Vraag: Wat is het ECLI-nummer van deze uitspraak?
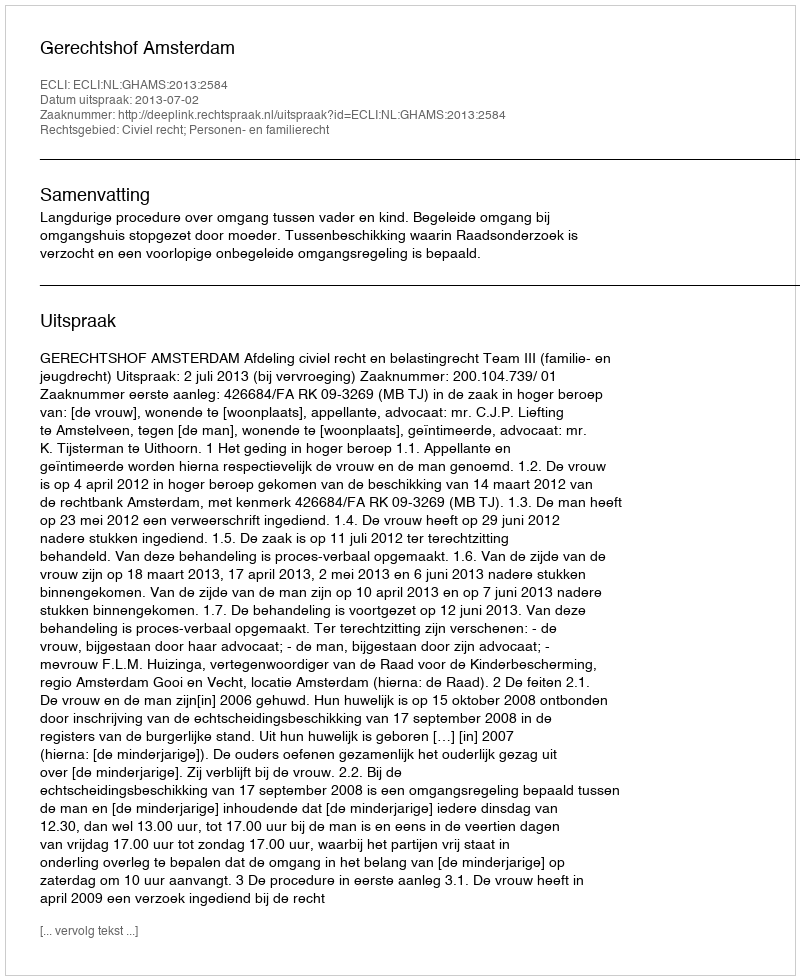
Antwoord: ECLI:NL:GHAMS:2013:2584